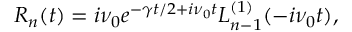
R _ { n } ( t ) = i \nu _ { 0 } e ^ { - \gamma t / 2 + i \nu _ { 0 } t } L _ { n - 1 } ^ { ( 1 ) } ( - i \nu _ { 0 } t ) ,